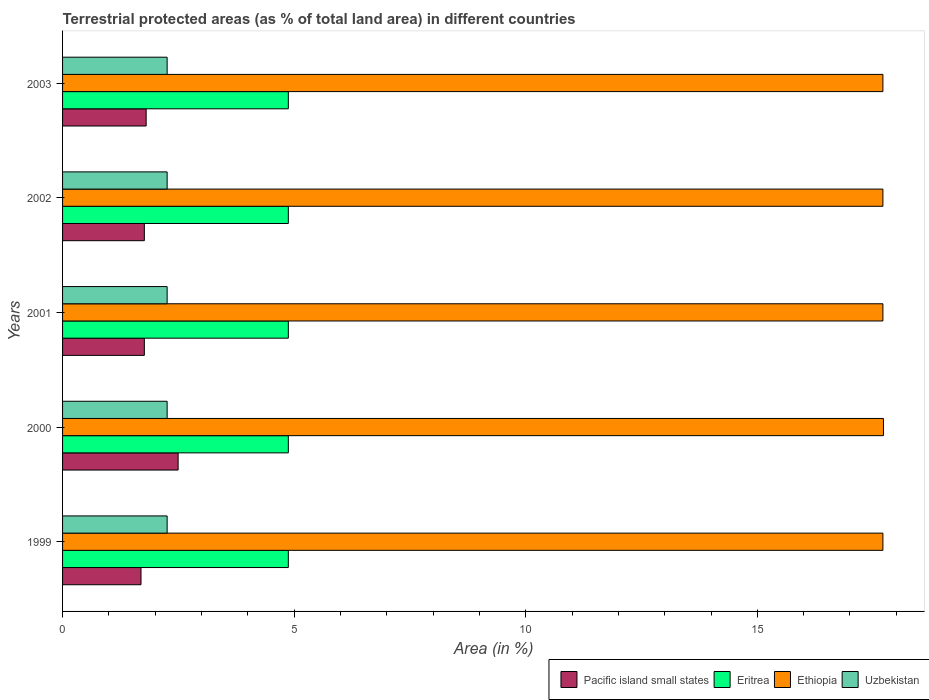
| Years | Pacific island small states | Eritrea | Ethiopia | Uzbekistan |
 | --- | --- | --- | --- | --- |
 | 1999 | 1.69 | 4.87 | 17.7 | 2.26 |
 | 2000 | 2.49 | 4.87 | 17.7 | 2.26 |
 | 2001 | 1.77 | 4.87 | 17.7 | 2.26 |
 | 2002 | 1.77 | 4.87 | 17.7 | 2.26 |
 | 2003 | 1.8 | 4.87 | 17.7 | 2.26 |